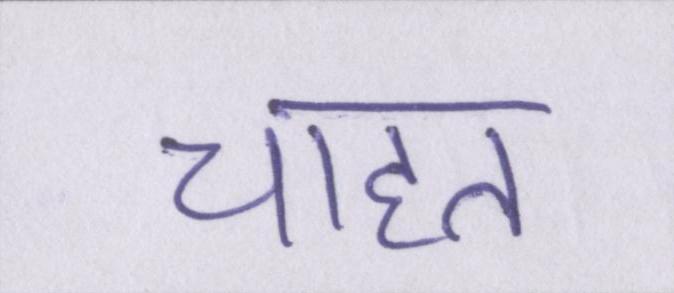
चाहत